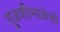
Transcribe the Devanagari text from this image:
तुळशीमाळेची